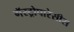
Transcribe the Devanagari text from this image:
गॅस्ट्रोपारेसीस